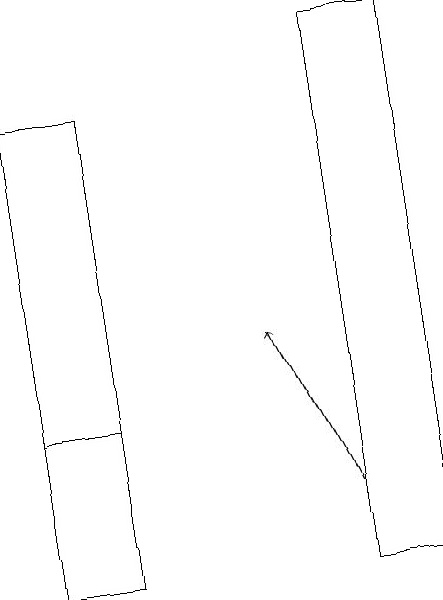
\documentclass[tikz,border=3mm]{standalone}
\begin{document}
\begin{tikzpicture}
\draw (5,18) rectangle (4,11);
\draw (1,13) rectangle (0,11);
\draw[->] (4,12) -- (3,14);
\draw (0,13) rectangle (1,17);
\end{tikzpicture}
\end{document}